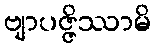
ဗျာပဇ္ဇိဿာမိ